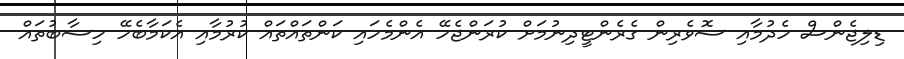
ޑިލިޖެންސް ހެދުމާއި ސޮވެރިން ގެރެންޓީދިނުމަށް ކުރަންޖެހޭ އެންމެހައި ކަންތައްތައް ކުރުމާއި އެކަމާބެހޭ ހިސާބުތައް